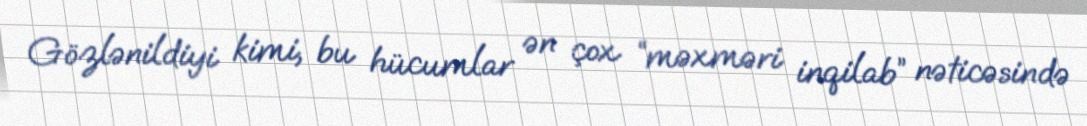
Gözlənildiyi kimi, bu hücumlar ən çox “məxməri inqilab” nəticəsində